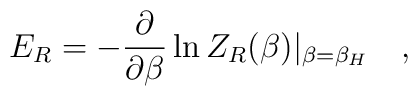
E_R=-{\partial \over \partial \beta}\ln Z_R(\beta)|_{\beta=\beta_H}~~~,